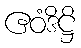
ဧဝံဒိဋ္ဌိ